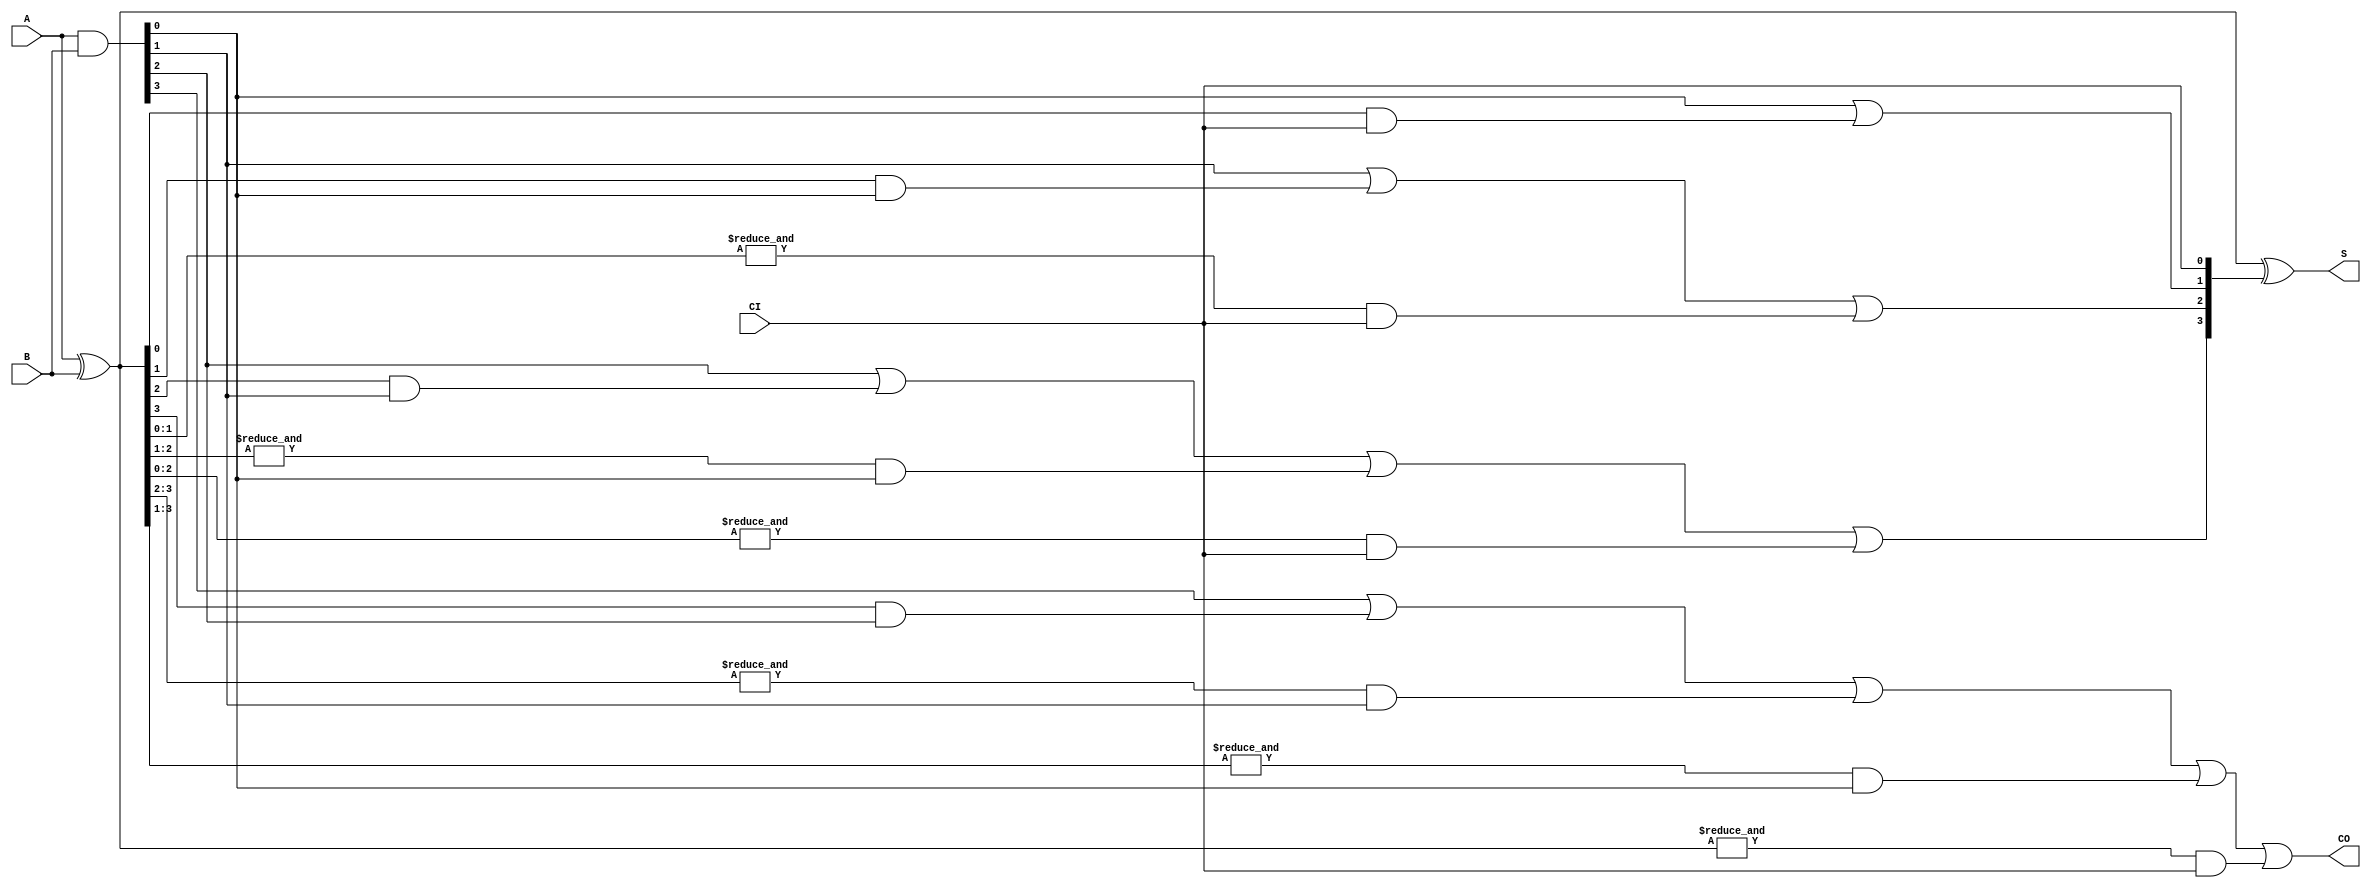
`timescale 1ns / 1ps
`default_nettype none
//////////////////////////////////////////////////////////////////////////////////
// 
// Module Name:    alu_add_4bit_2 
// Description: 
//
//////////////////////////////////////////////////////////////////////////////////
module alu_add_4bit_2(A, B, CI, S, CO);

	//port definitions
	input wire CI;
	input wire [3:0] A, B;
	output wire [3:0] S;
	output wire CO;

	// extra useful wires
	wire [3:0] g; // generate wires
	wire [3:0] p; // propogate wires
	wire [4:0] c; // carry wires

	// instantiate module's hardware
	// assign carry in and carry out
	assign c[0] = CI;
	assign CO = c[4];

	// calculate generate and propogate signals
	assign g = A & B;
	assign p = A ^ B;

	// calculate c
	assign c[1] = g[0] | p[0] & c[0];
	assign c[2] = g[1] | p[1] & g[0] | &p[1:0] & c[0];
	assign c[3] = g[2] | p[2] & g[1] | &p[2:1] & g[0] | &p[2:0] & c[0];
	assign c[4] = g[3] | p[3] & g[2] | &p[3:2] & g[1] | &p[3:1] & g[0] | & p[3:0] & c[0];

	// calculate outputs
	assign S = p ^ c[3:0];
endmodule
`default_nettype wire